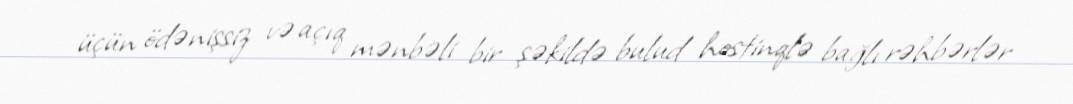
üçün ödənişsiz və açıq mənbəli bir şəkildə bulud hostinqlə bağlı rəhbərlər